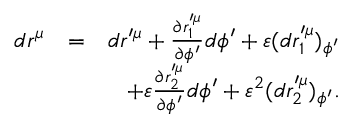
\begin{array} { r l r } { d r ^ { \mu } } & { = } & { d r ^ { \prime \mu } + \frac { \partial r _ { 1 } ^ { \prime \mu } } { \partial \phi ^ { \prime } } d \phi ^ { \prime } + \varepsilon ( d r _ { 1 } ^ { \prime \mu } ) _ { \phi ^ { \prime } } } \\ & { } & { + \varepsilon \frac { \partial r _ { 2 } ^ { \prime \mu } } { \partial \phi ^ { \prime } } d \phi ^ { \prime } + \varepsilon ^ { 2 } ( d r _ { 2 } ^ { \prime \mu } ) _ { \phi ^ { \prime } } . } \end{array}